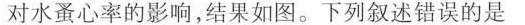
对水蚤心率的影响，结果如图。下列叙述错误的是